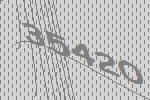
35420